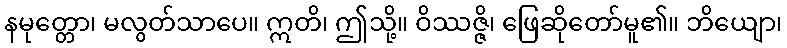
နမုတ္တော၊ မလွတ်သာပေ။ ဣတိ၊ ဤသို့။ ဝိဿဇ္ဇိ၊ ဖြေဆိုတော်မူ၏။ ဘိယျော၊